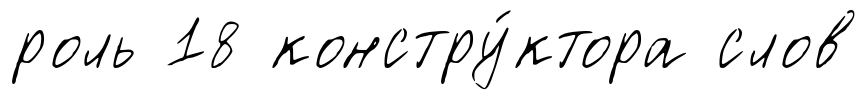
роль 18 констру́ктора слов